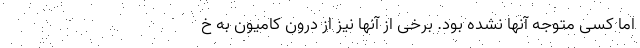
اما کسی متوجه آنها نشده بود. برخی از آنها نیز از درون کامیون به خ